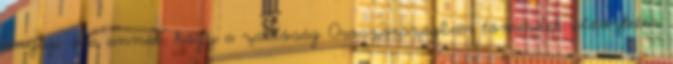
anyagi oka annak, hogy a zsidóság Oroszországban tömérdek üldöztetés